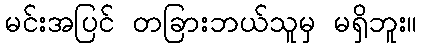
မင်းအပြင် တခြားဘယ်သူမှ မရှိဘူး။